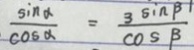
\frac { \sin \alpha } { \cos \alpha } = \frac { 3 \sin \beta } { \cos \beta }